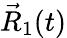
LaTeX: \vec{R}_{1}(t)